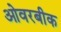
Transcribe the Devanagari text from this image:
ओवरबीक